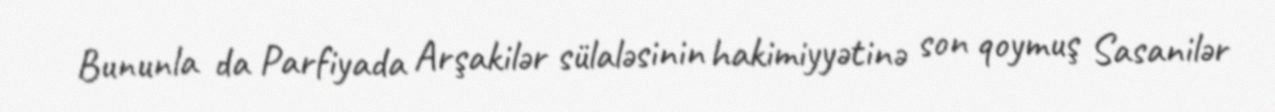
Bununla da Parfiyada Arşakilər sülaləsinin hakimiyyətinə son qoymuş Sasanilər